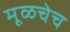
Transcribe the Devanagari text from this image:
मूळचेच